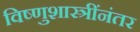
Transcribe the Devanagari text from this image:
विष्णुशास्त्रींनंतर